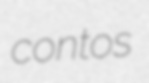
contos